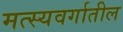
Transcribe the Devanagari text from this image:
मत्स्यवर्गातील